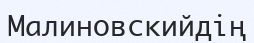
Малиновскийдің